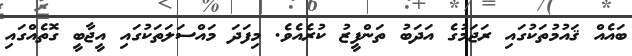
ބައެއް ޤައުމުތަކުގައި ރަޖަމުގެ އަދަބު ތަންފީޒު ކުރެއެވެ. މިފަދަ މައްސަލަތަކުގައި އީޖާބީ ގޮތެއްގައި